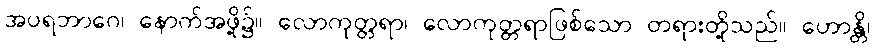
အပရဘာဂေ၊ နောက်အဖို့၌။ လောကုတ္တရာ၊ လောကုတ္တရာဖြစ်သော တရားတို့သည်။ ဟောန္တိ၊